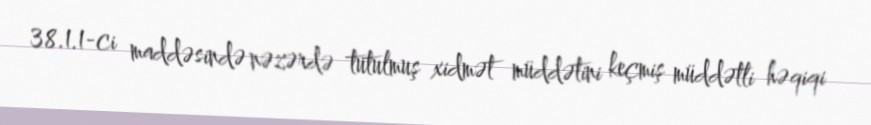
38.1.1-ci maddəsində nəzərdə tutulmuş xidmət müddətini keçmiş müddətli həqiqi